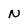
Character: N